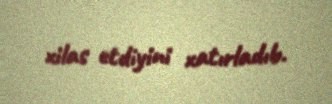
xilas etdiyini xatırladıb.